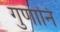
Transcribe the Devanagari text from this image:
गुणानि